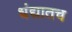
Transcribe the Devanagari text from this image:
धंद्यातच